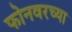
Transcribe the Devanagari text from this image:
फोनवरच्या